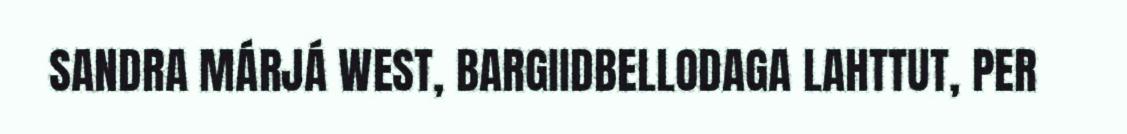
SANDRA MÁRJÁ WEST, BARGIIDBELLODAGA LAHTTUT, PER